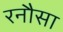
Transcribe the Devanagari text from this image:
रनौसा